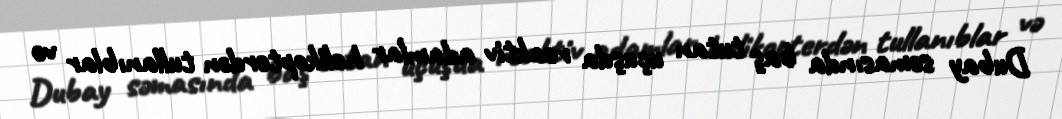
Dubay səmasında baş tutan uçuşda reaktiv adamlar helikopterdən tullanıblar və